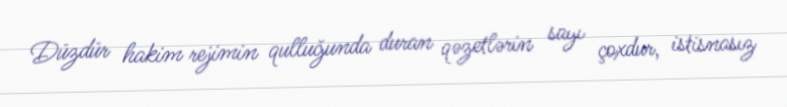
Düzdür hakim rejimin qulluğunda duran qəzetlərin sayı çoxdur, istisnasız